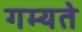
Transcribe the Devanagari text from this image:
गम्यते